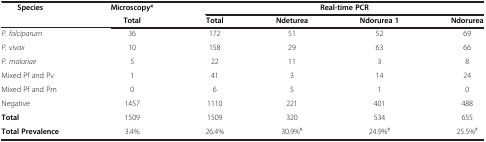
| Species | Microscopy* | <COLSPAN=4> Real-time PCR |
 |  | Total | Total | Ndeturea | Ndorurea 1 | Ndorurea |
 | --- | --- | --- | --- | --- | --- |
 | P. falciparum | 36 | 172 | 51 | 52 | 69 |
 | P. vivax | 10 | 158 | 29 | 63 | 66 |
 | P. malariae | 5 | 22 | 11 | 3 | 8 |
 | Mixed Pf and Pv | 1 | 41 | 3 | 14 | 24 |
 | Mixed Pf and Pm | 0 | 6 | 5 | 1 | 0 |
 | Negative | 1457 | 1110 | 221 | 401 | 488 |
 | Total | 1509 | 1509 | 320 | 534 | 655 |
 | Total Prevalence | 3.4% | 26.4% | 30.9%# | 24.9%# | 25.5%# |